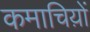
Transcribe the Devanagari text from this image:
कमाचिय़ों